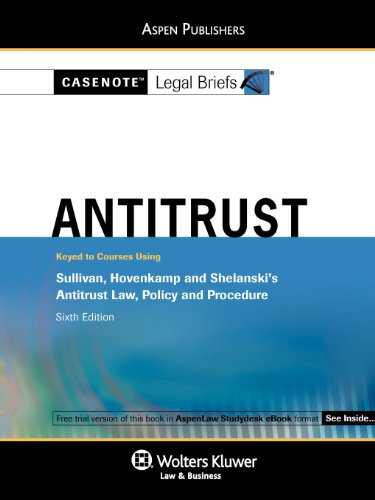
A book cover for Casenotes Legal Briefs Antitrust Law: Keyed to Sullivan & Hovencamp 6e (Casenote Legal Briefs); Casenotes; Law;